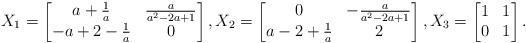
\begin{align*}X_1= \begin{bmatrix}a+\frac{1}{a} & \frac{a}{a^2-2a+1} \\ -a+2-\frac{1}{a} & 0 \end{bmatrix}, X_2=\begin{bmatrix} 0 & -\frac{a}{a^2-2a+1} \\ a-2+\frac{1}{a} &2\end{bmatrix}, X_3=\begin{bmatrix}1&1\\0&1\end{bmatrix}.\end{align*}